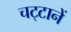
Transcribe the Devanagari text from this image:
चट्‍टानें